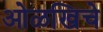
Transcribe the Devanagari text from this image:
ओळखिचे